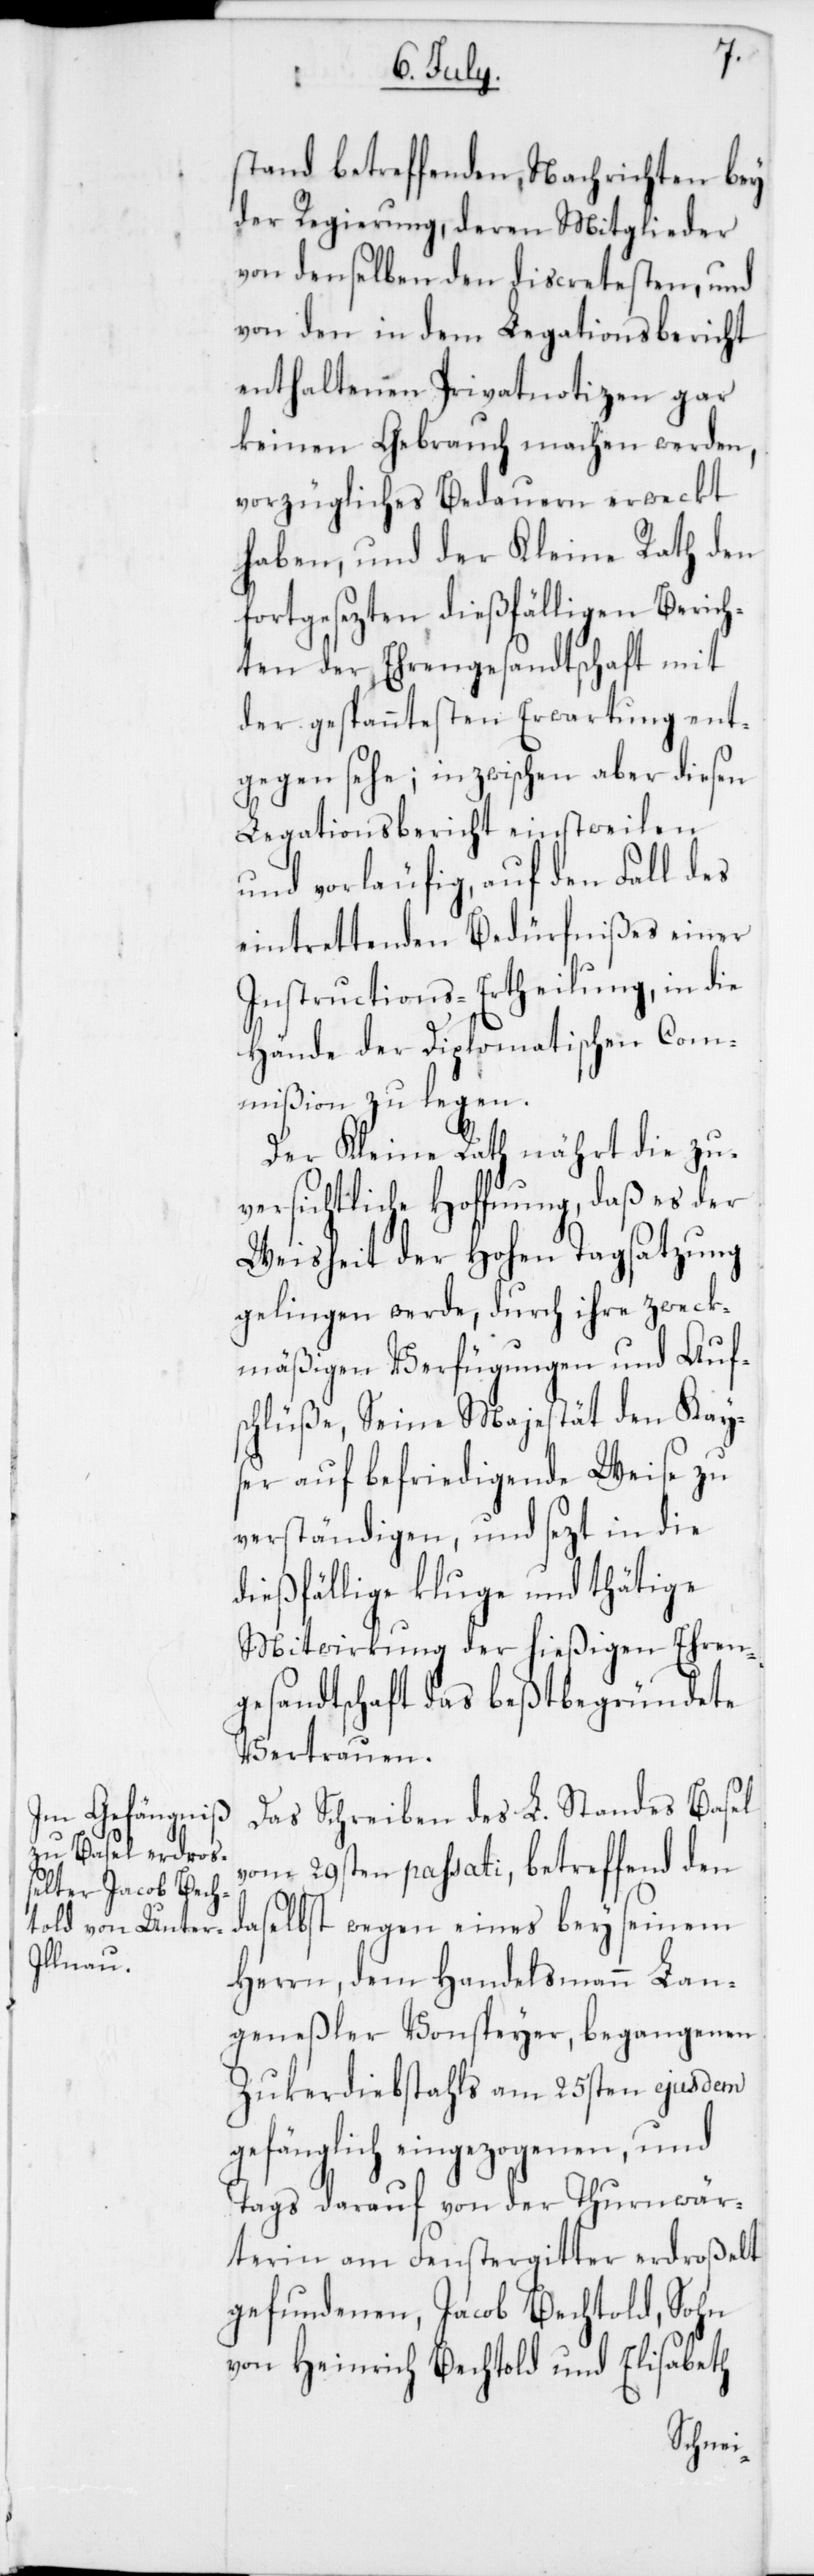
stand betreffenden Nachrichten bey
der Regierung, deren Mitglieder
von denselben den discretesten, und
von den in dem Legationsbericht
enthaltenen Privatnotizen gar
keinen Gebrauch machen werden,
vorzügliches Bedauern erweckt
haben, und der Kleine Rath den
fortgesezten dießfälligen Berich¬
ten der Ehrengesandtschaft mit
der gespanntesten Erwartung ent¬
gegen sehe; inzwischen aber diesen
Legationsbericht einstweilen
und vorläufig, auf den Fall des
eintrettenden Bedürfnißes einer
Instructions-Ertheilung, in die
Hände der diplomatischen Com¬
mißion zu legen.
Der Kleine Rath nährt die zu¬
versichtliche Hoffnung, daß es der
Weisheit der hohen Tagsatzung
gelingen werde, durch ihre zweck¬
mäßigen Verfügungen und Auf¬
schlüße, Seine Majestät den Kay¬
ser auf befriedigende Weise zu
verständigen, und sezt in die
dießfällige kluge und thätige
Mitwirkung der hießigen Ehren¬
gesandtschaft das bestbegründete
Vertrauen.
Das Schreiben des L. Standes Basel
vom 29sten passati, betreffend den
daselbst wegen eines bey seinem
Herrn, dem Handelsmann Lan¬
geneßler Vonsteyer, begangenen
Zukerdiebstahls am 25sten ejusdem
gefänglich eingezogenen, und
Tags darauf von der Turnwärterin
am Fenstergitter erdroßelt
gefundenen Jacob Bechtold, Sohn
von Heinrich Bechtold und Elisabeth